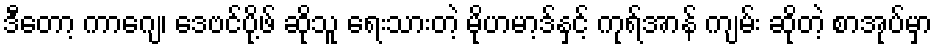
ဒီတော့ ကာဂျေ၊ ဒေဗင်ပို့ဖ် ဆိုသူ ရေးသားတဲ့ မိုဟမာ့ဒ်နှင့် ကုရ်အာန် ကျမ်း ဆိုတဲ့ စာအုပ်မှာ